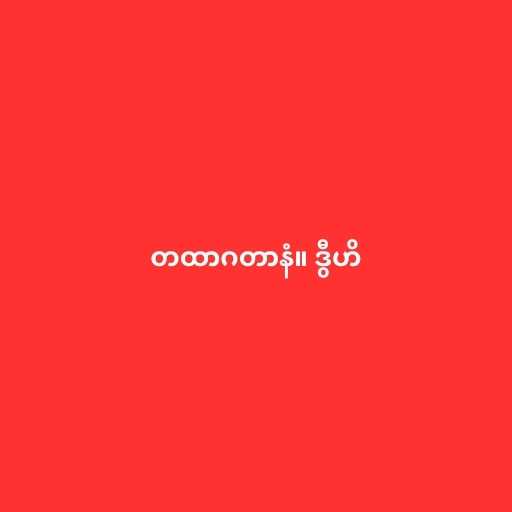
တထာဂတာနံ။ ဒွီဟိ